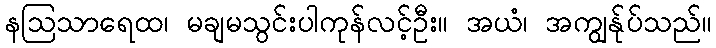
နဩသာရေထ၊ မချမသွင်းပါကုန်လင့်ဦး။ အယံ၊ အကျွန်ုပ်သည်။